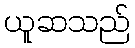
ယူဆသည်